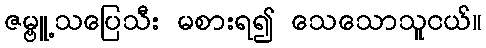
ဇမ္ဗူ့သပြေသီး မစားရ၍ သေသောသူငယ်။